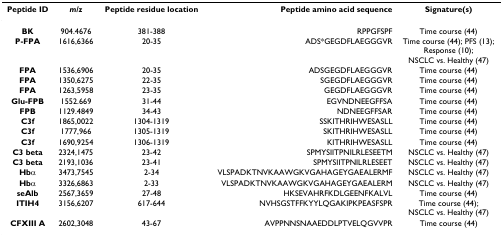
<table><thead><tr><td><b>Peptide ID</b></td><td><b><i>m/z</i></b></td><td><b>Peptide residue location</b></td><td><b>Peptide amino acid sequence</b></td><td><b>Signature(s)</b></td></tr></thead><tbody><tr><td><b>BK</b></td><td>904.4676</td><td>381-388</td><td>RPPGFSPF</td><td>Time course (44)</td></tr><tr><td><b>P-FPA</b></td><td>1616,6366</td><td>20-35</td><td>ADS*GEGDFLAEGGGVR</td><td>Time course (44); PFS (13);Response (10);NSCLC vs. Healthy (47)</td></tr><tr><td><b>FPA</b></td><td>1536,6906</td><td>20-35</td><td>ADSGEGDFLAEGGGVR</td><td>Time course (44)</td></tr><tr><td><b>FPA</b></td><td>1350,6275</td><td>22-35</td><td>SGEGDFLAEGGGVR</td><td>Time course (44)</td></tr><tr><td><b>FPA</b></td><td>1263,5958</td><td>23-35</td><td>GEGDFLAEGGGVR</td><td>Time course (44)</td></tr><tr><td><b>Glu-FPB</b></td><td>1552.669</td><td>31-44</td><td>EGVNDNEEGFFSA</td><td>Time course (44)</td></tr><tr><td><b>FPB</b></td><td>1129.4849</td><td>34-43</td><td>NDNEEGFFSAR</td><td>Time course (44)</td></tr><tr><td><b>C3f</b></td><td>1865,0022</td><td>1304-1319</td><td>SSKITHRIHWESASLL</td><td>Time course (44)</td></tr><tr><td><b>C3f</b></td><td>1777,966</td><td>1305-1319</td><td>SKITHRIHWESASLL</td><td>Time course (44)</td></tr><tr><td><b>C3f</b></td><td>1690,9254</td><td>1306-1319</td><td>KITHRIHWESASLL</td><td>Time course (44)</td></tr><tr><td><b>C3 beta</b></td><td>2324,1475</td><td>23-42</td><td>SPMYSIITPNILRLESEETM</td><td>NSCLC vs. Healthy (47)</td></tr><tr><td><b>C3 beta</b></td><td>2193,1036</td><td>23-41</td><td>SPMYSIITPNILRLESEET</td><td>NSCLC vs. Healthy (47)</td></tr><tr><td><b>Hbα</b></td><td>3473,7545</td><td>2-34</td><td>VLSPADKTNVKAAWGKVGAHAGEYGAEALERMF</td><td>NSCLC vs. Healthy (47)</td></tr><tr><td><b>Hbα</b></td><td>3326,6863</td><td>2-33</td><td>VLSPADKTNVKAAWGKVGAHAGEYGAEALERM</td><td>NSCLC vs. Healthy (47)</td></tr><tr><td><b>seAlb</b></td><td>2567,3659</td><td>27-48</td><td>HKSEVAHRFKDLGEENFKALVL</td><td>Time course (44)</td></tr><tr><td><b>ITIH4</b></td><td>3156,6207</td><td>617-644</td><td>NVHSGSTFFKYYLQGAKIPKPEASFSPR</td><td>Time course (44);NSCLC vs. Healthy (47)</td></tr><tr><td><b>CFXIII A</b></td><td>2602,3048</td><td>43-67</td><td>AVPPNNSNAAEDDLPTVELQGVVPR</td><td>Time course (44)</td></tr></tbody></table>